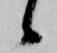
候